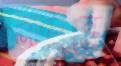
অনন্তে